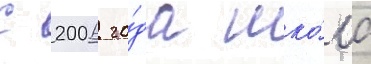
С 2006 го́да шко́ла